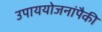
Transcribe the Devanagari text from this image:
उपाययोजनांपैकी